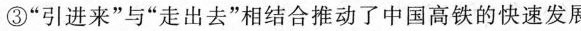
③”引进来”与”走出去”相结合推动了中国高铁的快速发展